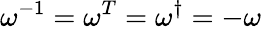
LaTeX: \omega^{-1}=\omega^{T}=\omega^{\dagger}=-\omega